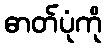
ဓာတ်ပုံကို